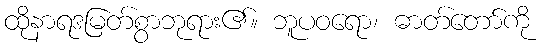
ထိုနာရဒမြတ်စွာဘုရား၏။ ဘူပဝရော၊ ဓာတ်တော်ကို